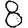
Digit: 8